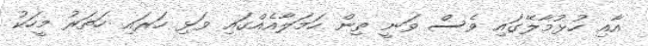
އާއި ހުޅުމާލޭގައި ވެސް ވަނީ ތިން ހަމަލާއެއްގައި ވަޅި ހަރައި ހަތަރު މީހަކު